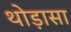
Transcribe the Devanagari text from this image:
थोड़ासा